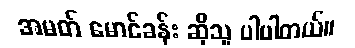
အမတ် မောင်ခန်း ဆိုသူ ပါပါတယ်။